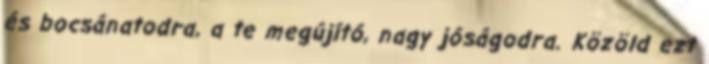
és bocsánatodra, a te megújító, nagy jóságodra. Közöld ezt